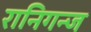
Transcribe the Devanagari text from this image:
रानिगन्ज